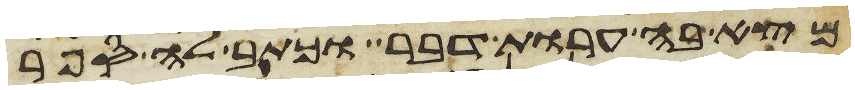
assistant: מצא בה ערות דבר וכתב לה ספר